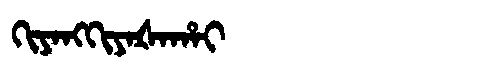
Manchu: ᡴᡳᠶᠠᠩᡴᡳᠶᠠᡧᠠᡥᠠᡳ
Romanization: KIYANGKIYAŠAHAI